Civil Veterinary Department Bengal reports 1923-33 - 1923-1933
Year: 1923
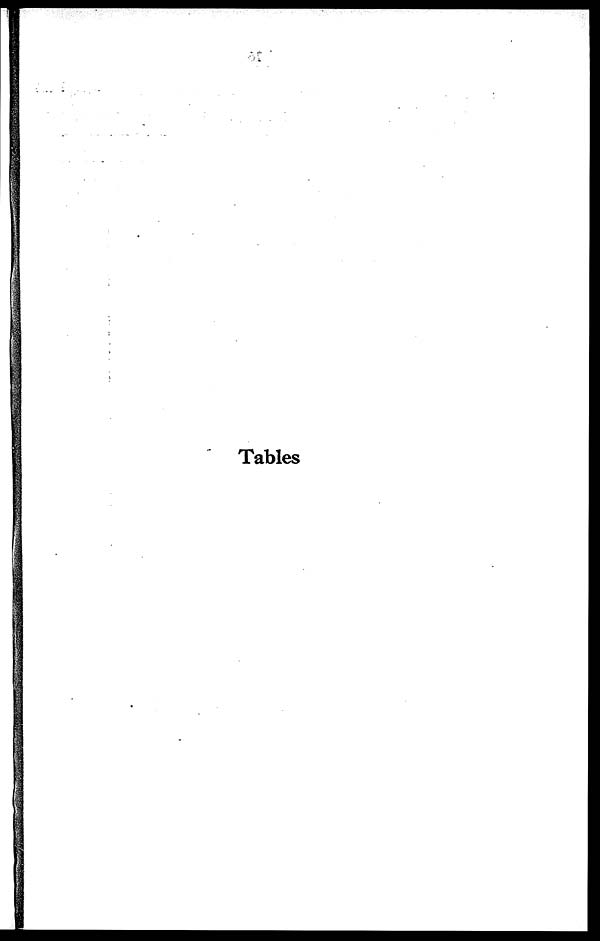
Tables